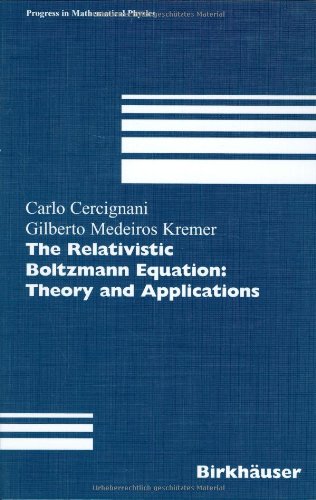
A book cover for The Relativistic Boltzmann Equation: Theory and Applications (Progress in Mathematical Physics); Carlo Cercignani; Science & Math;